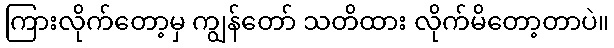
ကြားလိုက်တော့မှ ကျွန်တော် သတိထား လိုက်မိတော့တာပဲ။